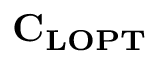
\mathbf { C _ { L O P T } }